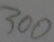
3 0 0